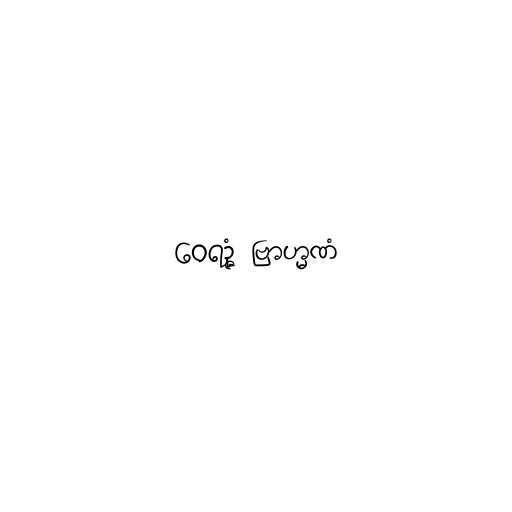
ဝေရဉ္ဇံ ဗြာဟ္မဏံ